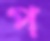
প